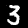
Label: 3